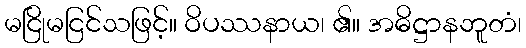
မငြိုမငြင်သဖြင့်။ ဝိပဿနာယ၊ ၏။ အဓိဋ္ဌာနဘူတံ၊